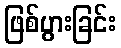
ဖြစ်ပွားခြင်း